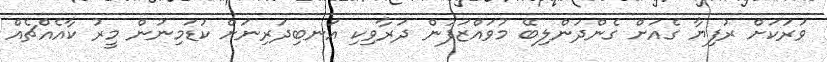
ވަރަކަށް ރުފިޔާ ގެއަށް ގެންދަންލިބޭ މުވައްޒަފުން ދަރާވިކި އަނބިދަރިނަށް ކުޑަމިނުން މީރު ކާއެއްޗެއް